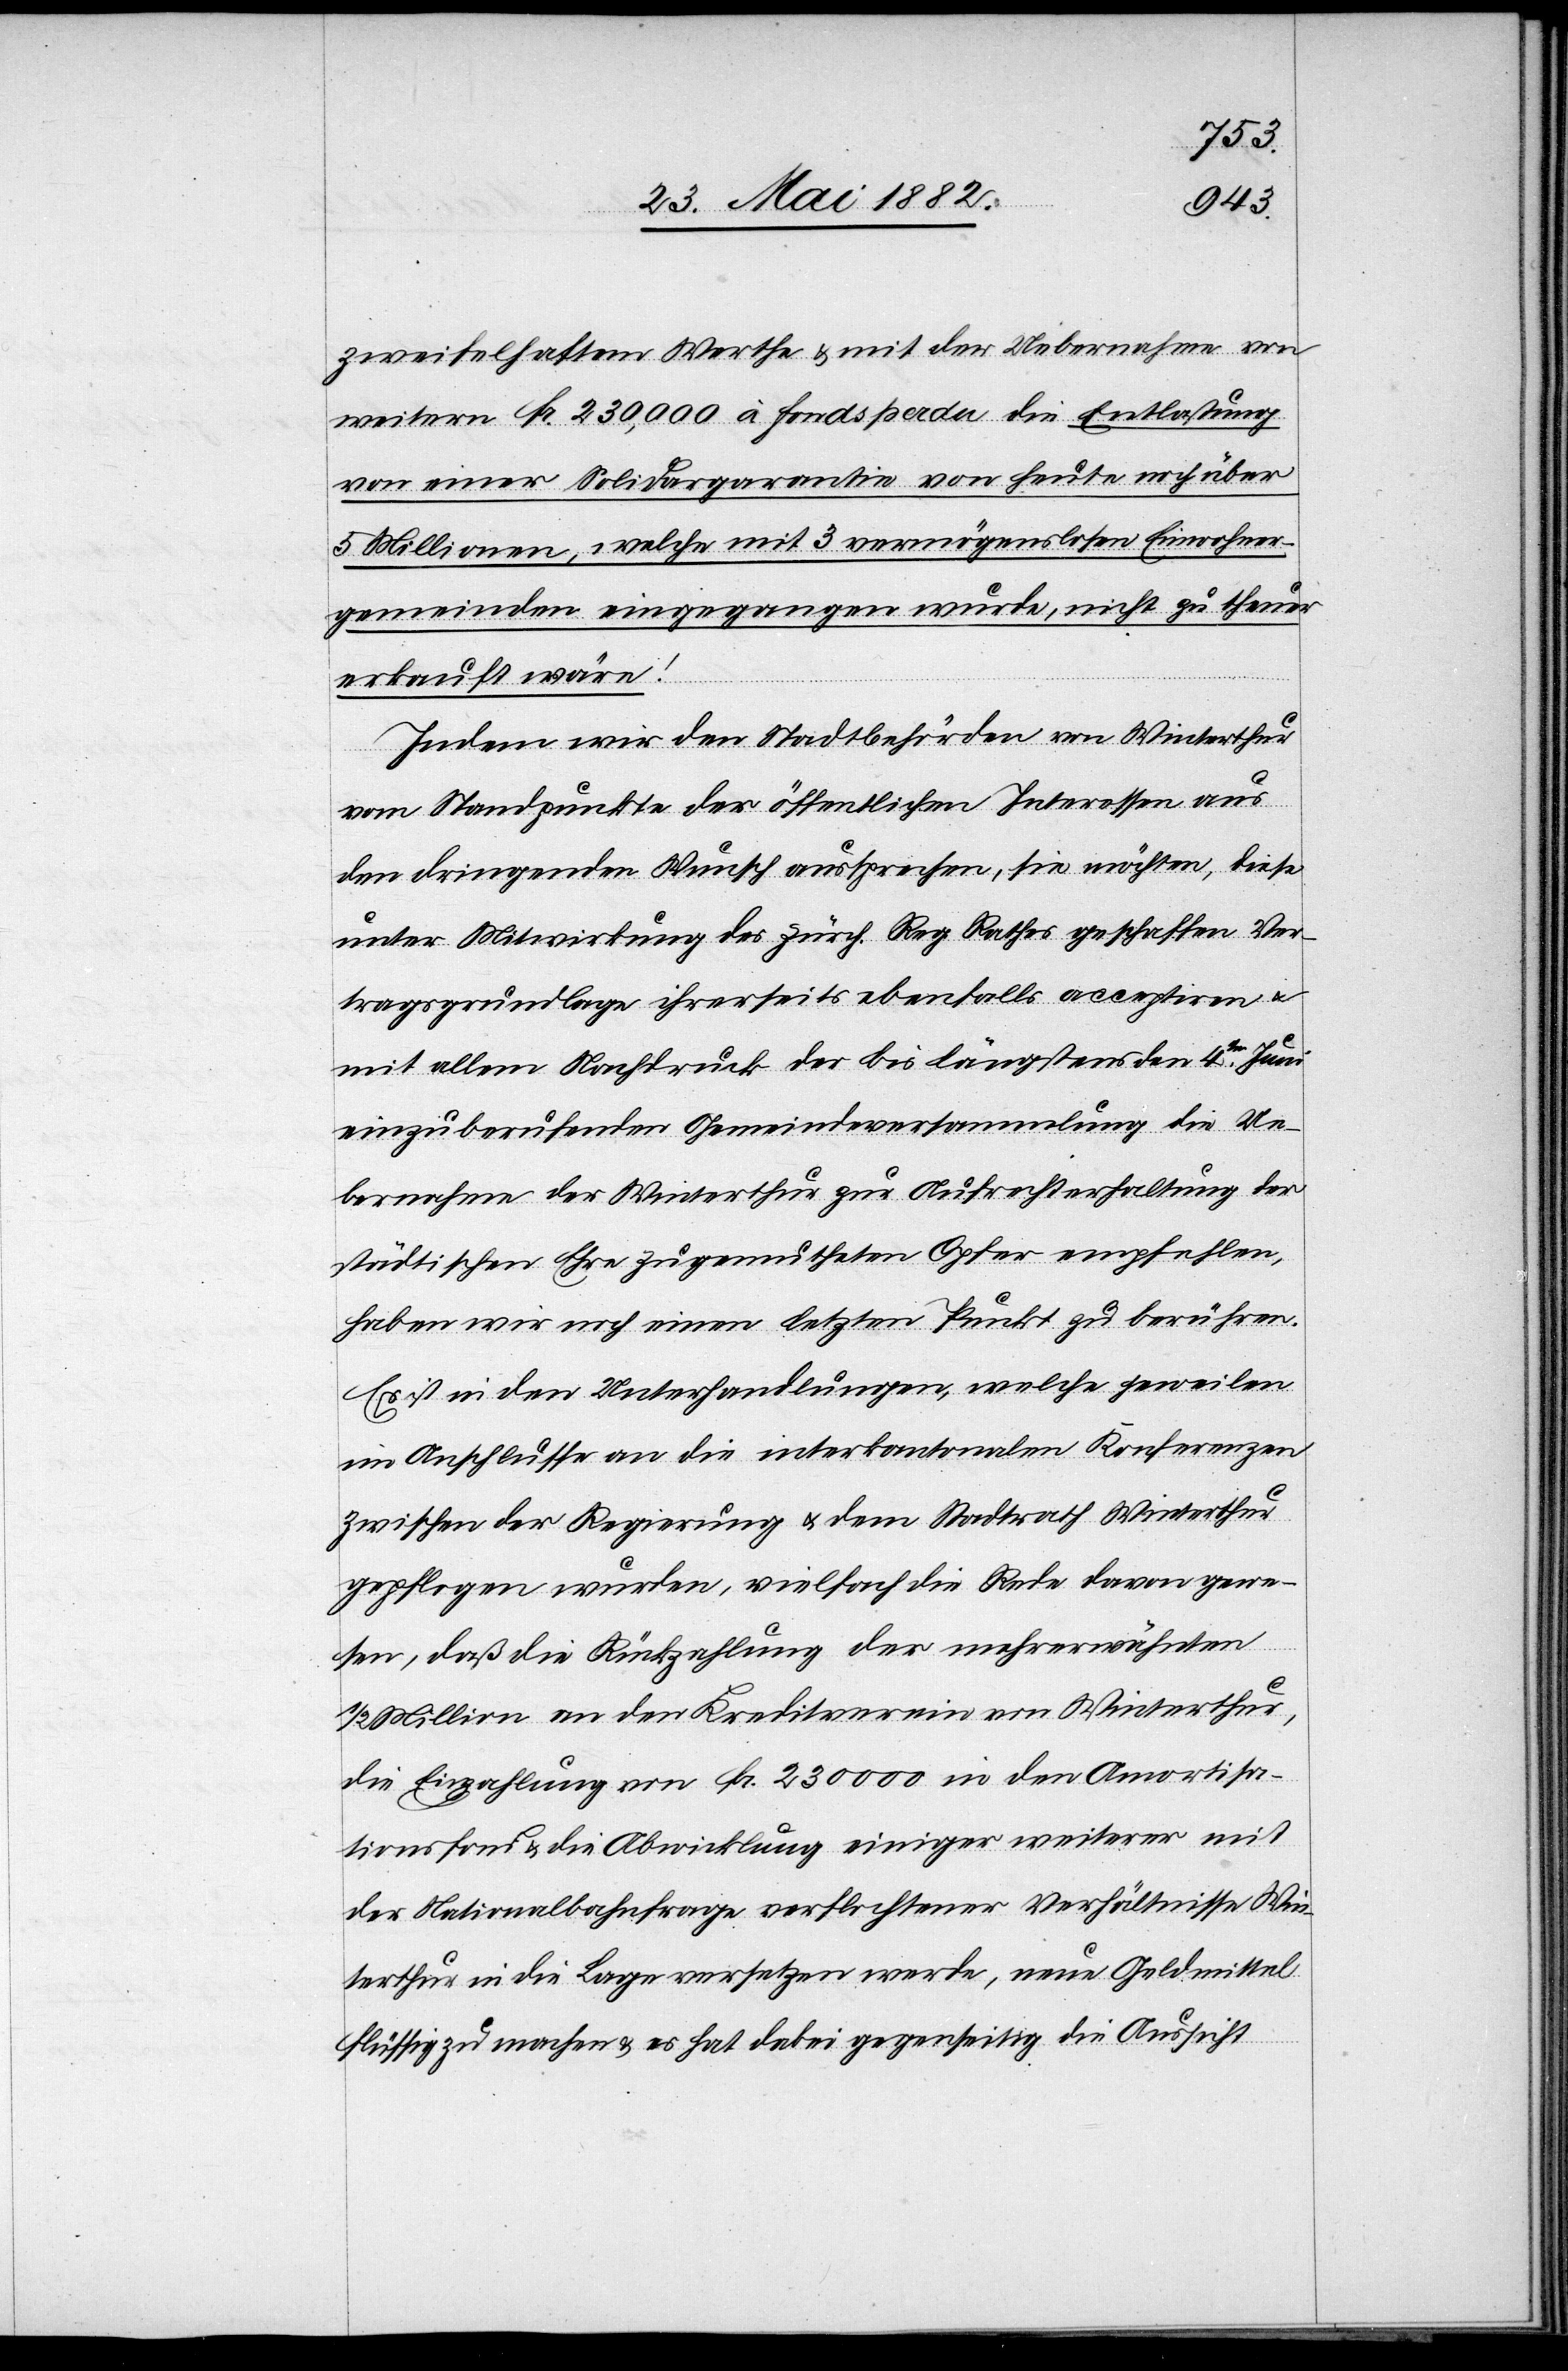
zweifelhaftem Werthe & mit der Uebernahme von
weitern Fr. 230,000 à fonds perdu die Entlastung
von einer Solidargarantie von heute noch über
5 Millionen, welche mit 3 vermögenslosen Einwohner¬
gemeinden eingegangen wurde, nicht zu theuer
verkauft wäre!
Indem wir den Stadtbehörden von Winterthur
vom Standpunkte der öffentlichen Interessen aus
den dringenden Wunsch aussprechen, sie möchten, diese
unter Mitwirkung des zürch. Reg. Rathes geschaffene Ver¬
tragsgrundlage ihrerseits ebenfalls acceptiren u.
mit allem Nachdruck der bis längstens den 4ten Juni
einzuberufenden Gemeindeversammlung die Ue¬
bernahme der Winterthur zur Aufrechterhaltung der
städtischen Ehre zugemutheten Opfer empfehlen,
haben wir noch einen letzten Punkt zu berühren.
Es ist in den Unterhandlungen, welche jeweilen
im Anschluß an die interkantonalen Konferenzen
zwischen der Regierung u. dem Stadtrath Winterthur
gepflogen wurde, vielfach die Rede davon gewe¬
sen, daß die Rückzahlung der mehrerwähnten
1/2 Millionen an den Kreditverein von Winterthur,
die Einzahlung von Fr. 230 000 in den Amortisa¬
tionsfond & die Abwicklung einiger weiterer mit
der Nationalbahnfrage verflochtener Verhältnisse Win¬
terthur in die Lage versetzt werde, neue Geldmittel
flüssig zu machen & es hat dabei gegenseitig die Ansicht